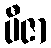
ပီဇာ